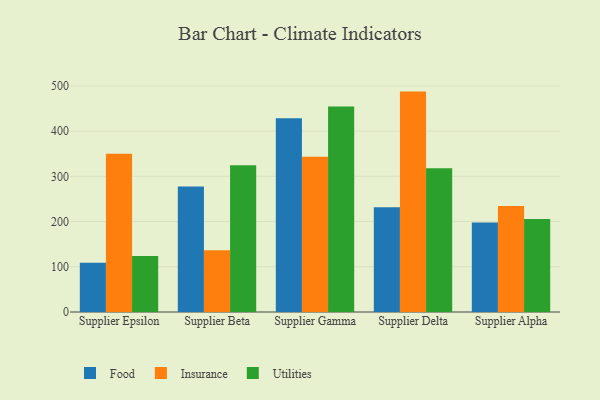
{"axis": {"x": "Supplier", "y": "Energy Usage (MWh)"}, "legend": ["Food", "Insurance", "Utilities"], "data": [{"x": "Supplier Epsilon", "y": 108.7, "type": "Food"}, {"x": "Supplier Epsilon", "y": 349.8, "type": "Insurance"}, {"x": "Supplier Epsilon", "y": 123.8, "type": "Utilities"}, {"x": "Supplier Beta", "y": 277.5, "type": "Food"}, {"x": "Supplier Beta", "y": 136.8, "type": "Insurance"}, {"x": "Supplier Beta", "y": 324.7, "type": "Utilities"}, {"x": "Supplier Gamma", "y": 428.4, "type": "Food"}, {"x": "Supplier Gamma", "y": 343.1, "type": "Insurance"}, {"x": "Supplier Gamma", "y": 454.3, "type": "Utilities"}, {"x": "Supplier Delta", "y": 231.4, "type": "Food"}, {"x": "Supplier Delta", "y": 487.3, "type": "Insurance"}, {"x": "Supplier Delta", "y": 317.8, "type": "Utilities"}, {"x": "Supplier Alpha", "y": 197.8, "type": "Food"}, {"x": "Supplier Alpha", "y": 234.6, "type": "Insurance"}, {"x": "Supplier Alpha", "y": 205.7, "type": "Utilities"}]}